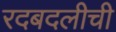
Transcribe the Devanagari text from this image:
रदबदलीची